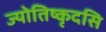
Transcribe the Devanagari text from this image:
ज्योतिष्कृदसि